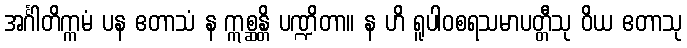
အင်္ဂါတိက္ကမံ ပန ဧတာသံ န ဣစ္ဆန္တိ ပဏ္ဍိတာ။ န ဟိ ရူပါဝစရသမာပတ္တီသု ဝိယ ဧတာသု